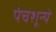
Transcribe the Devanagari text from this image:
पंचशून्ये